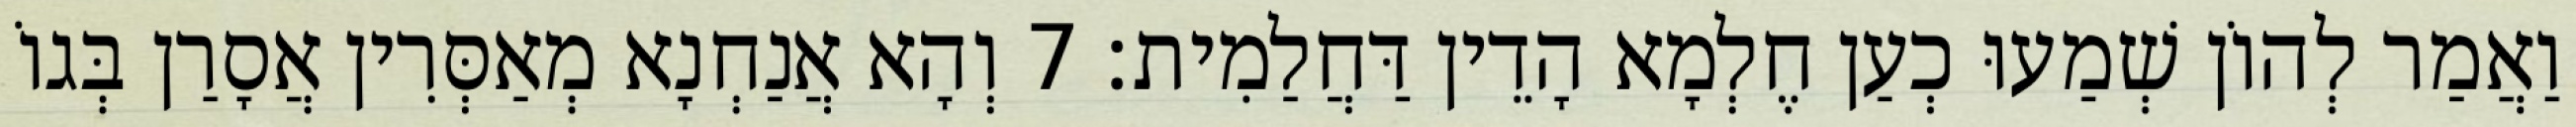
וַאֲמַר לְהוֹן שְׁמַעוּ כְעַן חֶלְמָא הָדֵין דַּחֲלַמִית׃ 7 וְהָא אֲנַחְנָא מְאַסְּרִין אֲסָרַן בְּגוֹ